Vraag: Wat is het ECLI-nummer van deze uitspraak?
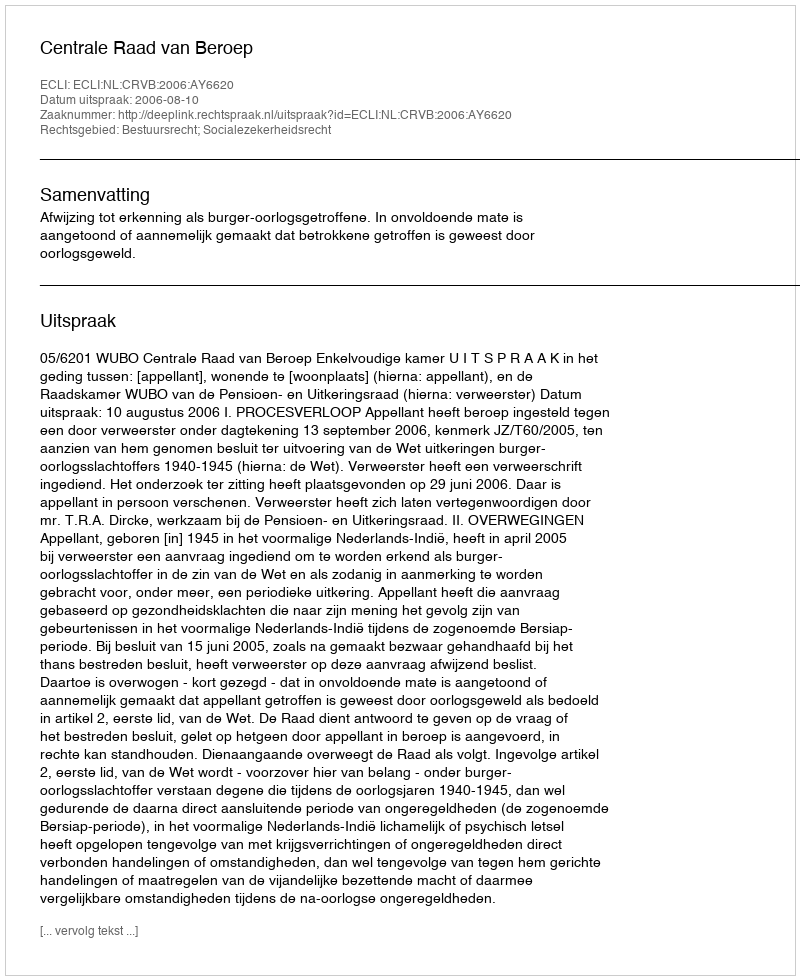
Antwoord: ECLI:NL:CRVB:2006:AY6620